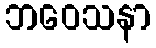
ဘဝေသနာ